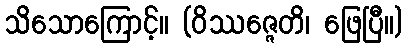
သိသောကြောင့်။ (ဝိဿဇ္ဇေတိ၊ ဖြေပြီ။)